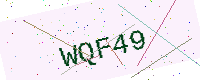
Text: WQF49